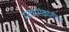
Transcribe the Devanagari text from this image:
मकरसंक्रांतीला